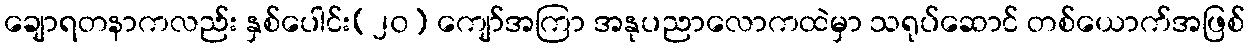
ချောရတနာကလည်း နှစ်ပေါင်း(၂၀) ကျော်အကြာ အနုပညာလောကထဲမှာ သရုပ်ဆောင် တစ်ယောက်အဖြစ်